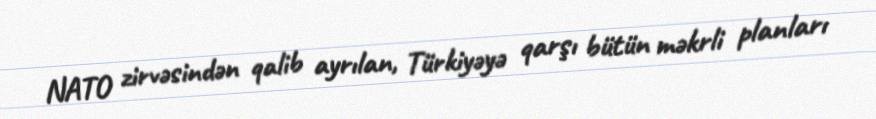
NATO zirvəsindən qalib ayrılan, Türkiyəyə qarşı bütün məkrli planları